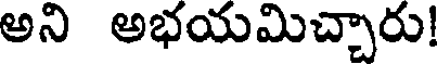
అని అభయమిచ్చారు!